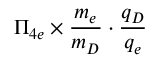
\Pi _ { 4 e } \times \frac { m _ { e } } { m _ { D } } \cdot \frac { q _ { D } } { q _ { e } }